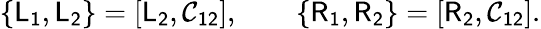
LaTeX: \{ \mathsf{L_{1}},\mathsf{L_{2}}\} =[\mathsf{L_{2}},\mathsf{\mathcal{C}_{12}}],\qquad\{ \mathsf{R_{1}},\mathsf{R_{2}}\} =[\mathsf{R_{2}},\mathsf{\mathcal{C}_{12}}].